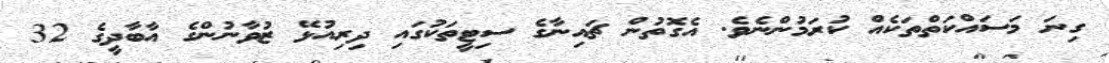
ގިނަ މަސައްކަތްތަކެއް ކުރަމުންނެވެ. އެގޮތުން ޗައިނާގެ ސިޓީތަކުގައި ދިރިއުޅޭ ޒުވާނުންގެ އާބާދީގެ 32